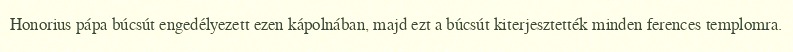
Honorius pápa búcsút engedélyezett ezen kápolnában, majd ezt a búcsút kiterjesztették minden ferences templomra.